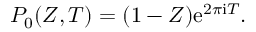
P _ { 0 } ( Z , T ) = ( 1 - Z ) \mathrm { e } ^ { 2 \pi \mathrm { i } T } .